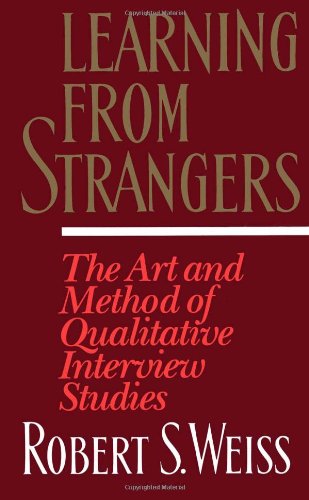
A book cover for Learning From Strangers: The Art and Method of Qualitative Interview Studies; Robert S. Weiss; Medical Books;